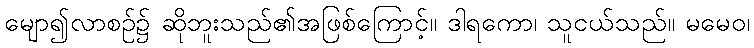
မျော၍လာစဉ်၌ ဆိုဘူးသည်၏အဖြစ်ကြောင့်။ ဒါရကော၊ သူငယ်သည်။ မမေဝ၊